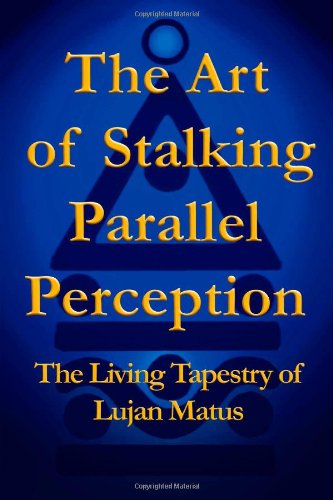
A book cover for The Art of Stalking Parallel Perception: The Living Tapestry of Lujan Matus; Lujan Matus; Self-Help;